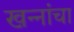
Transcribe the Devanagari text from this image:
खन्‍नांचा